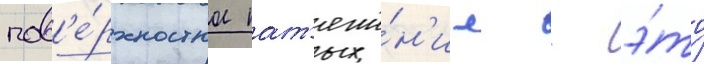
пов'е́рхностное нат'яже́н'ие - э́то